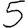
Digit: 5